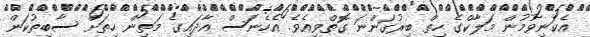
އެކަނިވުމުން މަލާކްގެ ހިތް ބިރުގަންނަ ގޮތްވިއެވެ. އެހެނަސް އާދައިގެ މަތިން ހިތަށް ސާބިތުކަން